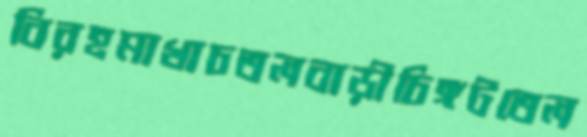
বিরহমাখাচতলবাড়ীচিঙ্গটতেল